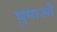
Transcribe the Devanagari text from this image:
घुमाओ